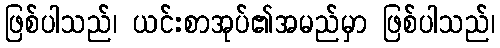
ဖြစ်ပါသည်၊ ယင်းစာအုပ်၏အမည်မှာ ဖြစ်ပါသည်၊